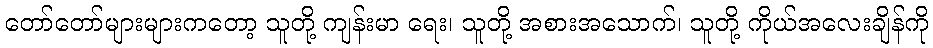
တော်တော်များများကတော့ သူတို့ ကျန်းမာ ရေး၊ သူတို့ အစားအသောက်၊ သူတို့ ကိုယ်အလေးချိန်ကို